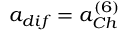
a _ { d i f } = a _ { C h } ^ { ( 6 ) }